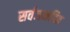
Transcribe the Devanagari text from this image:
सर्वजनहित